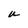
Character: U